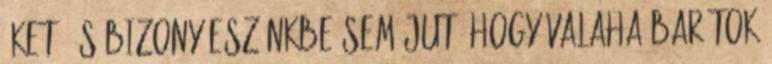
őket, és bizony eszünkbe sem jut, hogy valaha barátok